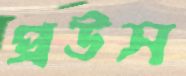
প্রউস